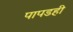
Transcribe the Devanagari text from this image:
पापडही